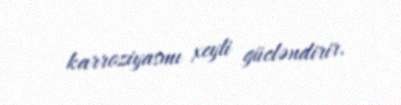
karroziyasmı xeyli gücləndirir.